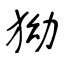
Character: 狕